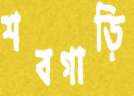
শবগাড়ি